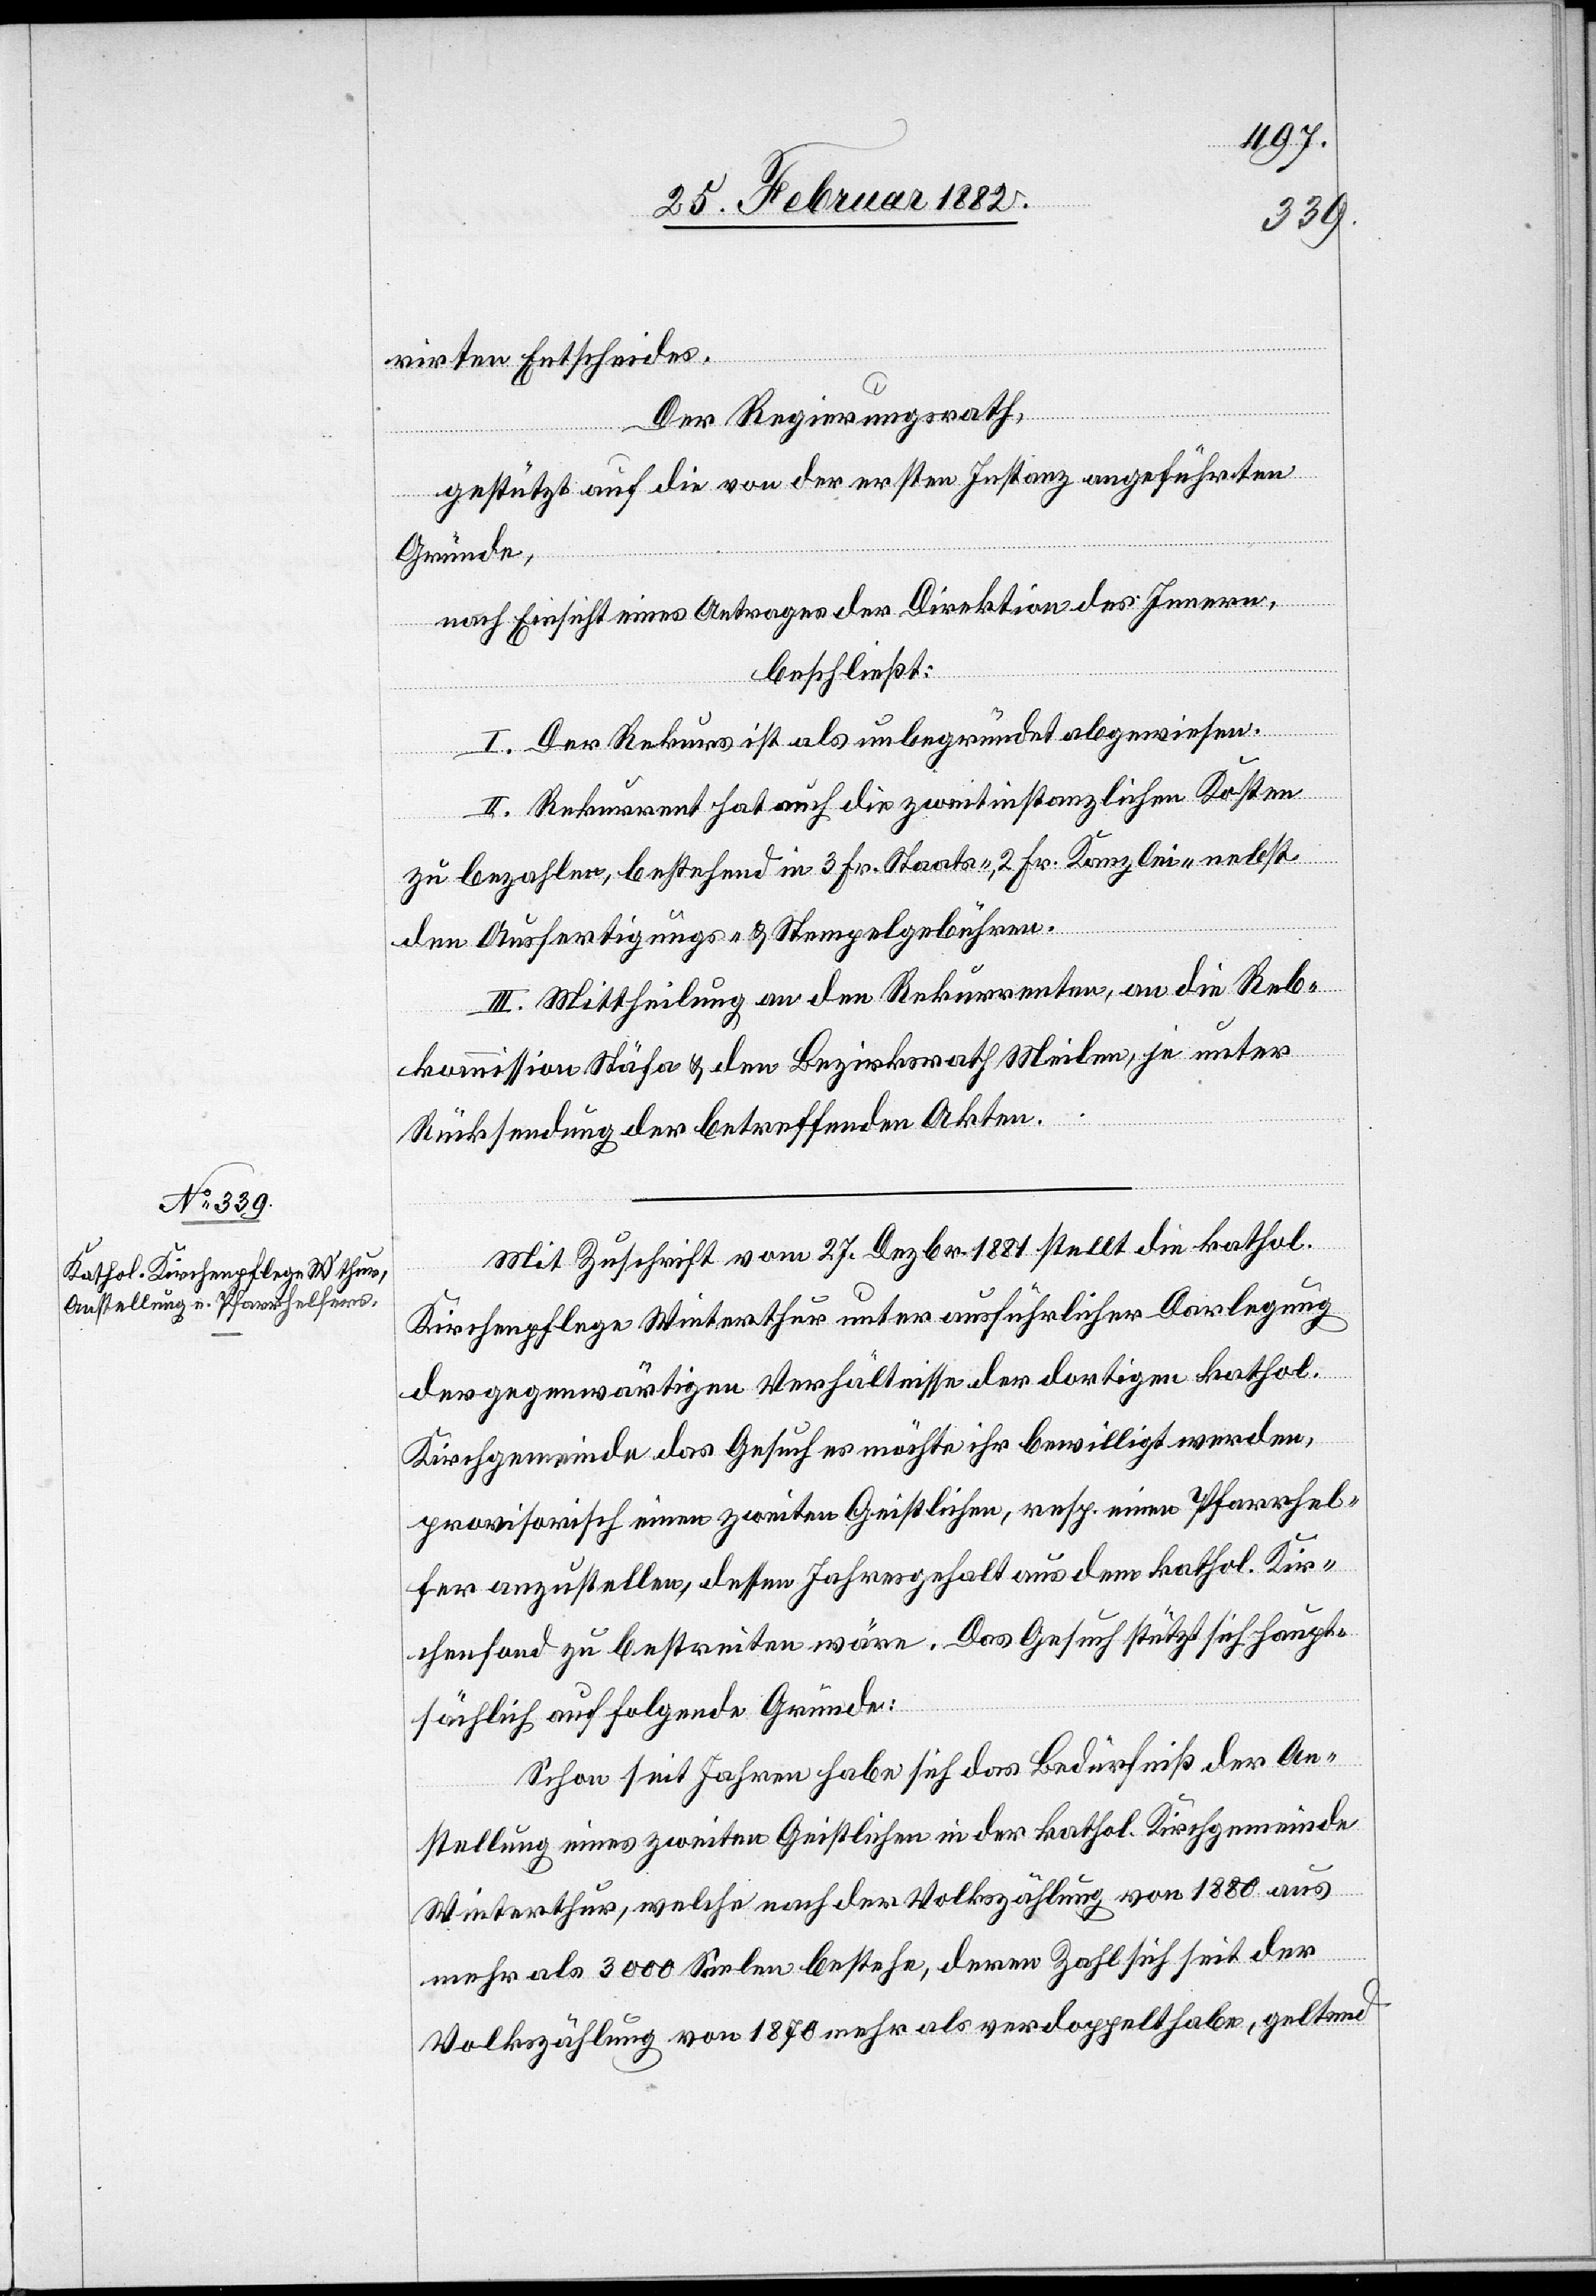
rirten Entscheides.
Der Regierungsrath,
gestützt auf die von der ersten Instanz angeführten
Gründe,
nach Einsicht eines Antrages der Direktion des Innern,
beschließt:
I. Der Rekurs ist als unbegründet abzuweisen.
II. Rekurrent hat auch die zweitinstanzlichen Kosten
zu bezahlen, bestehend in 3. Fr. Staats-2 Fr. Kanzlei- nebst
den Ausfertigungs- & Stempelgebühren.
III. Mittheilung an den Rekurrenten, an die Reb¬
kommission Stäfa & den Bezirksrath Meilen, je unter
Rücksendung der betreffenden Akten.
Mit Zuschrift vom 27. Dezbr. 1881 stellt die kathol.
Kirchenpflege Winterthur unter ausführlicher Darlegung
der gegenwärtigen Verhältnisse der dortigen kathol.
Kirchgemeinde das Gesuch es möchte ihr bewilligt werden,
provisorisch einen zweiten Geistlichen, resp. einen Pfarrhel¬
fer anzustellen, dessen Jahresgehalt aus dem kathol. Kir¬
chenfond zu bestreiten wäre. Das Gesuch stützt sich haupt¬
sächlich auf folgende Gründe:
Schon seit Jahren habe sich das Bedürfniß der An¬
stellung eines zweiten Geistlichen in der kathol. Kirchgemeinde
Winterthur, welche nach der Volkszählung von 1880 aus
mehr als 3000 Seelen bestehe, deren Zahl sich seit der
Volkszählung von 1879 mehr als verdoppelt habe, geltend